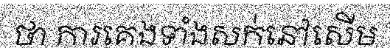
ថា ការគេងទាំងសក់នៅសើម